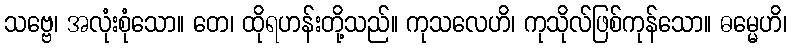
သဗ္ဗေ၊ အလုံးစုံသော။ တေ၊ ထိုရဟန်းတို့သည်။ ကုသလေဟိ၊ ကုသိုလ်ဖြစ်ကုန်သော။ ဓမ္မေဟိ၊